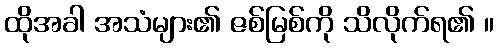
ထိုအခါ အသံများ၏ ဇစ်မြစ်ကို သိလိုက်ရ၏ ။